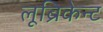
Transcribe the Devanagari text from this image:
लूब्रिकेन्ट